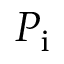
P _ { \mathrm { i } }